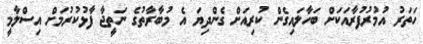
ހަތަރު އުމުރުފުރާއަކަށް ބަހާލައިގެން ކުރިއަށް ގެންދިޔަ އެ މުބާރާތުގެ ނަތީޖާ ފާޅުކުރުމަށް އިސްލާމީ